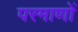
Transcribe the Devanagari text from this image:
परमाणों